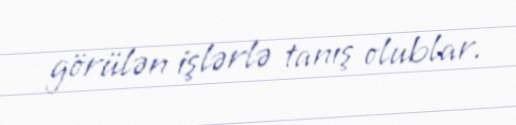
görülən işlərlə tanış olublar.